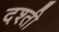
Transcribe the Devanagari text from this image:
दश्ती